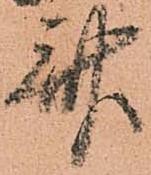
斎